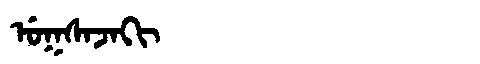
Manchu: ᡠᡴᠰᠠᠵᠠᡴᡳ
Romanization: UKSAJAKI